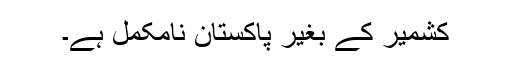
کشمیر کے بغیر پاکستان نامکمل ہے۔